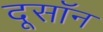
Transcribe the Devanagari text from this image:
दूसॉन